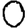
Digit: 0